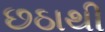
છઠાથી